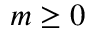
m \ge 0